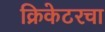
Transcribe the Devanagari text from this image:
क्रिकेटरचा